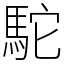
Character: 駝